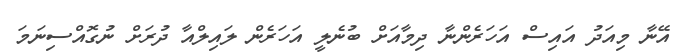
އޭނާ މިއަދު އައިސް އަހަރެންނާ ދިމާއަށް ބުނެލީ އަހަރެން ލައިލްއާ ދުރަށް ނުގޮއްސިނަމަ